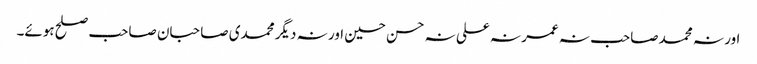
اور نہ محمد صاحب نہ عمر نہ علی نہ حسن حسین اور نہ دیگر محمدی صاحبان صاحب صلح ہوئے۔